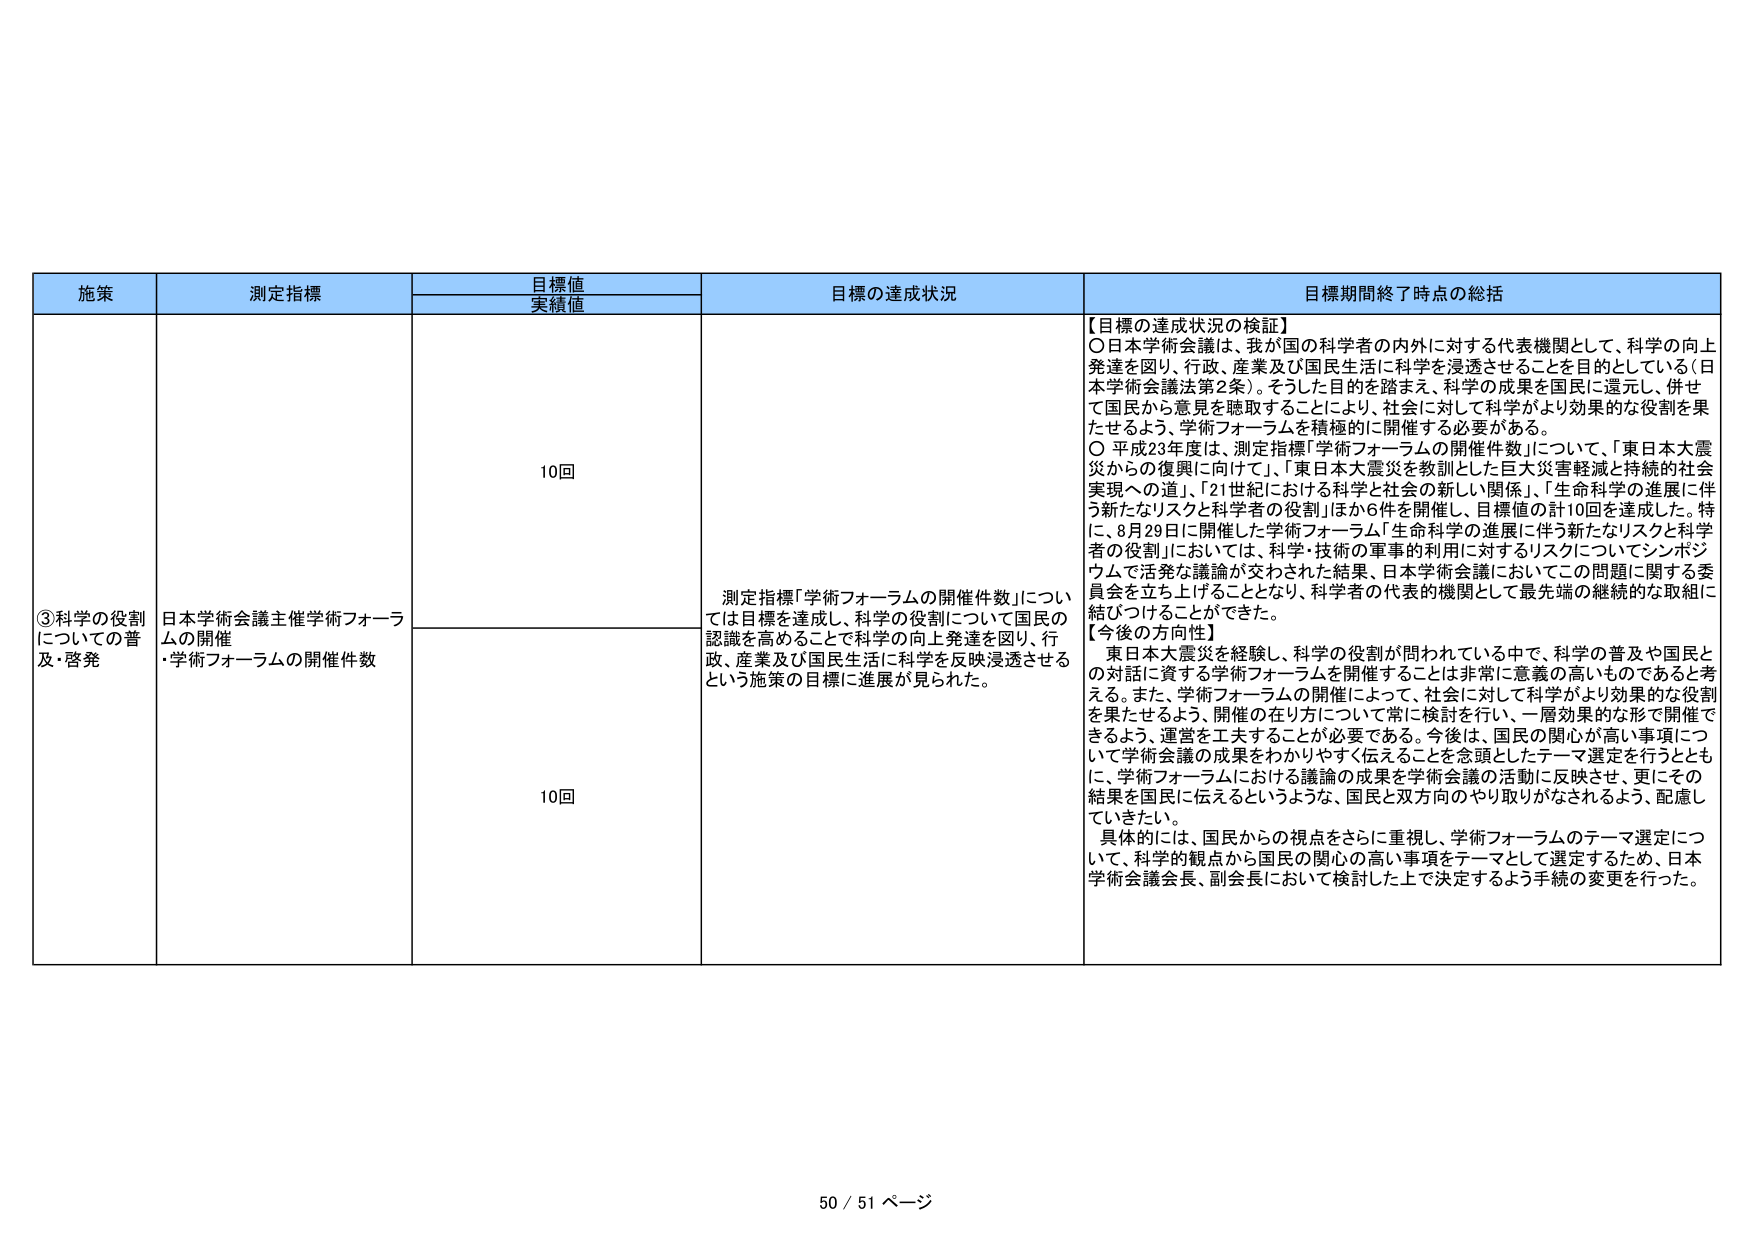
施策	測定指標	目標値 実績値	目標の達成状況	目標期間終了時点の総括
③科学の役割 についての普 及・啓発	日本学術会議主催学術フォーラ ムの開催 ・学術フォーラムの開催件数	10回	測定指標「学術フォーラムの開催件数」につい ては目標を達成し、科学の役割について国民の 認識を高めることで科学の向上発達を図り、行 政、産業及び国民生活に科学を反映浸透させる という施策の目標に進展が見られた。	【目標の達成状況の検証】 ○日本学術会議は、我が国の科学者の内外に対する代表機関として、科学の向上 発達を図り、行政、産業及び国民生活に科学を浸透させることを目的としている（日 本学術会議法第2条）。そうした目的を踏まえ、科学の成果を国民に還元し、併せ て国民から意見を聴取することにより、社会に対して科学がより効果的な役割を果 たせるよう、学術フォーラムを積極的に開催する必要がある。 ○ 平成23年度は、測定指標「学術フォーラムの開催件数」について、「東日本大震 災からの復興に向けて」、「東日本大震災を教訓とした巨大災害軽減と持続的社会 実現への道」、「21世紀における科学と社会の新しい関係」、「生命科学の進展に伴 う新たなリスクと科学者の役割」ほか6件を開催し、目標値の計10回を達成した。特 に、8月29日に開催した学術フォーラム「生命科学の進展に伴う新たなリスクと科学 者の役割」においては、科学・技術の軍事的利用に対するリスクについてシンポジ ウムで活発な議論が交わされた結果、日本学術会議においてこの問題に関する委 員会を立ち上げることとなり、科学者の代表的機関として最先端の継続的な取組に 結びつけることができた。 【今後の方向性】 東日本大震災を経験し、科学の役割が問われている中で、科学の普及や国民と の対話に資する学術フォーラムを開催することは非常に意義の高いものであると考 える。また、学術フォーラムの開催によって、社会に対して科学がより効果的な役割 を果たせるよう、開催の在り方について常に検討を行い、一層効果的な形で開催で きるよう、運営を工夫することが必要である。今後は、国民の関心が高い事項につ いて学術会議の成果をわかりやすく伝えることを念頭としたテーマ選定を行うととも に、学術フォーラムにおける議論の成果を学術会議の活動に反映させ、更にその 結果を国民に伝えるというような、国民と双方向のやり取りがなされるよう、配慮し ていきたい。 具体的には、国民からの視点をさらに重視し、学術フォーラムのテーマ選定につ いて、科学的観点から国民の関心の高い事項をテーマとして選定するため、日本 学術会議会長、副会長において検討した上で決定するよう手続の変更を行った。	10回
50 / 51 ページ